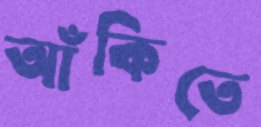
আঁকিতে